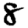
Digit: 8